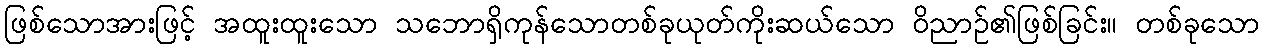
ဖြစ်သောအားဖြင့် အထူးထူးသော သဘောရှိကုန်သောတစ်ခုယုတ်ကိုးဆယ်သော ဝိညာဉ်၏ဖြစ်ခြင်း။ တစ်ခုသော